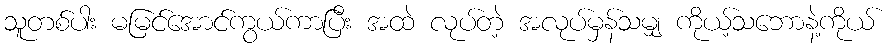
သူတစ်ပါး မမြင်အောင်ကွယ်ကာပြီး အထဲ လုပ်တဲ့ အလုပ်မှန်သမျှ ကိုယ့်သဘောနဲ့ကိုယ်